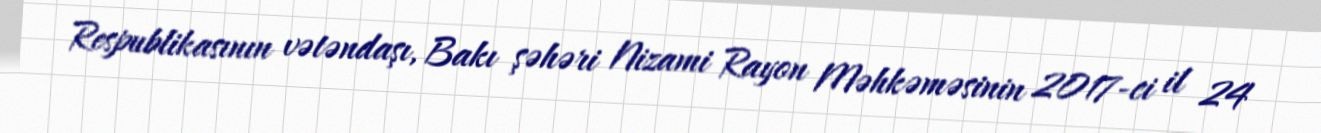
Respublikasının vətəndaşı, Bakı şəhəri Nizami Rayon Məhkəməsinin 2017-ci il 24